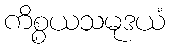
ကိစ္စယသမုဒယံ